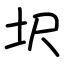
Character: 㘮